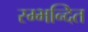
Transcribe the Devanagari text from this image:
स्म्भन्दित